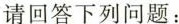
请回答下列问题：